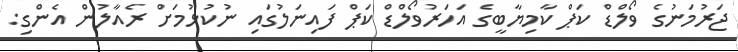
ޖަރުމަނުގެ ވޯލްޑް ކަޕް ކާމިޔާބީގެ އަހަރުވޯލްޑް ކަޕް ފައިނަލުގައި ނުކުޅުމަށް ރެއާލުން އެންގި: